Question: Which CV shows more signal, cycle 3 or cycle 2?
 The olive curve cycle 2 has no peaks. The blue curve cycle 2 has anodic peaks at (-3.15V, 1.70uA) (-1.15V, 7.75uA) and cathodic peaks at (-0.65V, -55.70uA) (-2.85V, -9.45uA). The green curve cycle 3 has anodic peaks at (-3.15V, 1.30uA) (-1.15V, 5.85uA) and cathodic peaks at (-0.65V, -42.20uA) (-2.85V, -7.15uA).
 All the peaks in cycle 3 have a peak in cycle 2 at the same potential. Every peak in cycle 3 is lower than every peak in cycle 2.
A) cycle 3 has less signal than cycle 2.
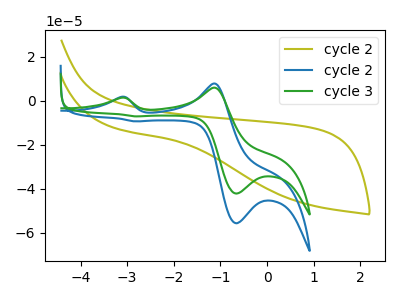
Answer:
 <answer>A) "cycle 3" has less signal than "cycle 2".</answer>
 <eval>A</eval>